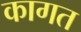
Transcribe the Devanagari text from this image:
कागत